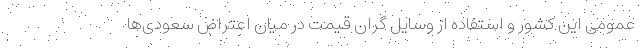
عمومی این کشور و استفاده از وسایل گران قیمت در میان اعتراض سعودی‌ها